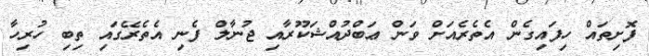
ފޮށިތައް ހިފައިގެން އެތެެރެއަށް ވަން ޢަބްދުއްޝަކޫރާއި ޖުނާލް ފެނި އެތެރޭގައި ތިބި ހުރިހާ